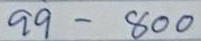
99 - 800